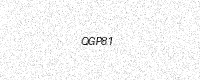
Text: QGP81